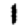
Digit: 1